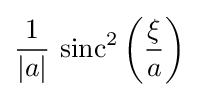
{\frac {1}{|a|}}\,\operatorname {sinc} ^{2}\left({\frac {\xi }{a}}\right)